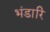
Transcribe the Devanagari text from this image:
भंडारि